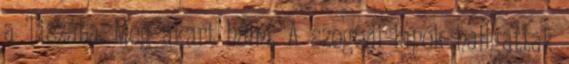
a Tiszába. Meg akart halni. A szegedi lapok hallgattak